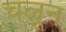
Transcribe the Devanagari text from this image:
चलून